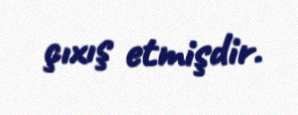
çıxış etmişdir.